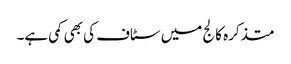
متذکرہ کالج میں سٹاف کی بھی کمی ہے۔